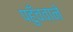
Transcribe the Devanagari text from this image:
पहुँचवाने